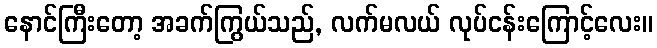
နောင်ကြီးတော့ အခက်ကြွယ်သည်, လက်မလယ် လုပ်ငန်းကြောင့်လေး။